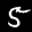
Digit: 5